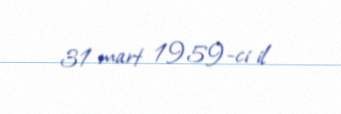
31 mart 1959-ci il